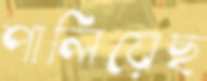
পালিয়েছ